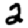
Digit: 2